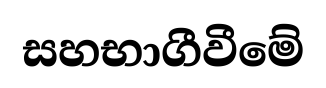
සහභාගීවීමේ